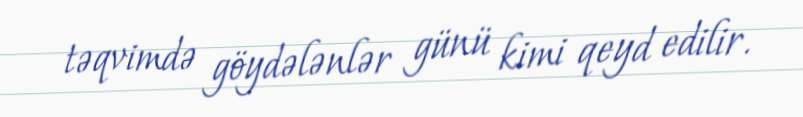
təqvimdə göydələnlər günü kimi qeyd edilir.